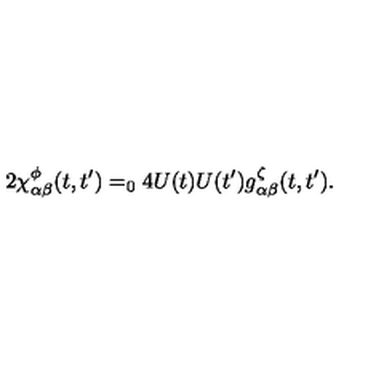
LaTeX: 2 \chi _ { \alpha \beta } ^ { \phi } ( t , t ^ { \prime } ) = _ { 0 } 4 U ( t ) U ( t ^ { \prime } ) g _ { \alpha \beta } ^ { \zeta } ( t , t ^ { \prime } ) .